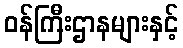
ဝန်ကြီးဌာနများနှင့်